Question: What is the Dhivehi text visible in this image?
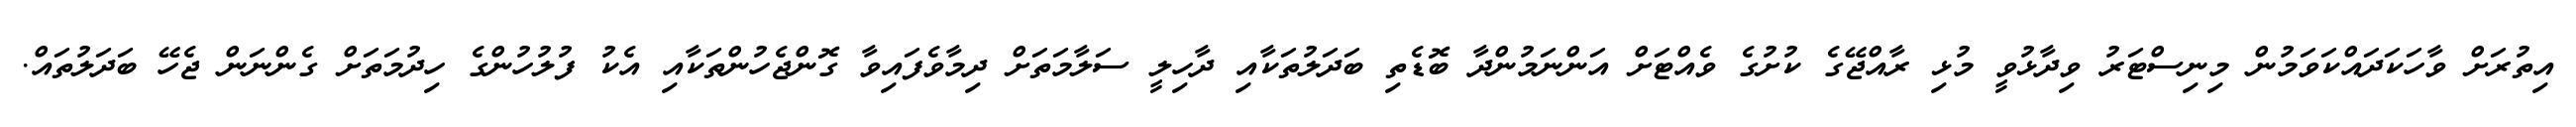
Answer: އިތުރަށް ވާހަކަދައްކަވަމުން މިނިސްޓަރު ވިދާޅުވީ މުޅި ރާއްޖޭގެ ކުށުގެ ވެއްޓަށް އަންނަމުންދާ ބޮޑެތި ބަދަލުތަކާއި ދާހިލީ ސަލާމަތަށް ދިމާވެފައިވާ ގޮންޖެހުންތަކާއި އެކު ފުލުހުންގެ ހިދުމަތަށް ގެންނަން ޖެހޭ ބަދަލުތައް.